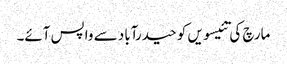
مارچ کی تئیسویں کو حیدرآباد سے واپس آئے۔